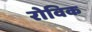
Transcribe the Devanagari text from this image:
रोविक